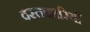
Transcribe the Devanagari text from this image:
दस्तकारियाँ